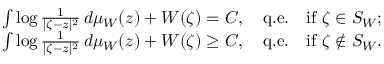
\begin{array} { r } { \int \log \frac { 1 } { | \zeta - z | ^ { 2 } } \, d \mu _ { W } ( z ) + W ( \zeta ) = C , \quad \mathrm { q . e . } \quad \mathrm { i f ~ } \zeta \in S _ { W } ; \smallskip } \\ { \int \log \frac { 1 } { | \zeta - z | ^ { 2 } } \, d \mu _ { W } ( z ) + W ( \zeta ) \ge C , \quad \mathrm { q . e . } \quad \mathrm { i f ~ } \zeta \notin S _ { W } . } \end{array}